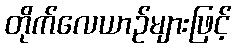
တိုက်လေယာဉ်များဖြင့်